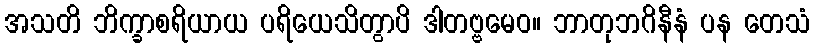
အသတိ ဘိက္ခာစရိယာယ ပရိယေသိတွာပိ ဒါတဗ္ဗမေဝ။ ဘာတုဘဂိနီနံ ပန တေသံ